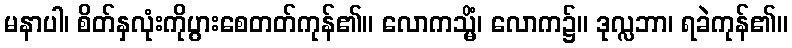
မနာပါ၊ စိတ်နှလုံးကိုပွားစေတတ်ကုန်၏။ လောကသ္မိံ၊ လောက၌။ ဒုလ္လဘာ၊ ရခဲကုန်၏။